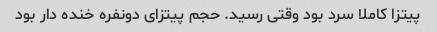
پیتزا کاملا سرد بود وقتی رسید. حجم پیتزای دونفره خنده دار بود